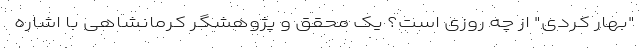
"بهارِ کُردی" از چه روزی است؟ یک محقق و پژوهشگر کرمانشاهی با اشاره